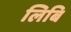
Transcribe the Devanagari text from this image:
लिबि